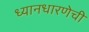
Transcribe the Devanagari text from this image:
ध्यानधारणेची